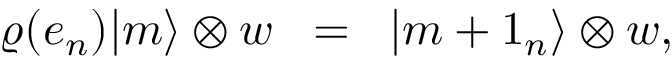
\varrho ( e _ { n } ) \vert m \rangle \otimes w \; \; = \; \; \vert m + 1 _ { n } \rangle \otimes w ,